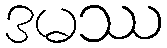
ဒမဿ